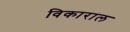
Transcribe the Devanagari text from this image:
विकाराल